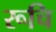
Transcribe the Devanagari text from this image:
रूचि